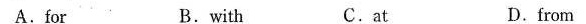
A. for B.with C.at D.from